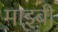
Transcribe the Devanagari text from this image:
माइबी